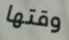
وقتها